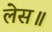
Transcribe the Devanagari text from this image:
लेस॥